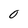
Character: 0